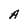
Character: A